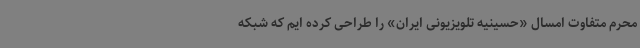
محرم متفاوت امسال «حسینیه تلویزیونی ایران» را طراحی کرده ایم که شبکه